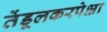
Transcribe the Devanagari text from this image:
तेंडूलकरपेक्षा